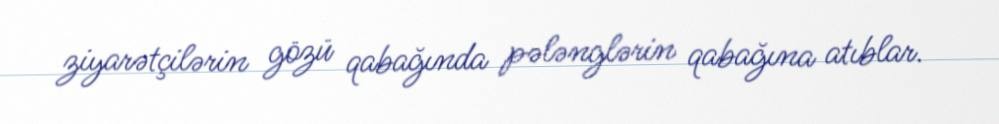
ziyarətçilərin gözü qabağında pələnglərin qabağına atıblar.